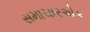
સમાચારએક